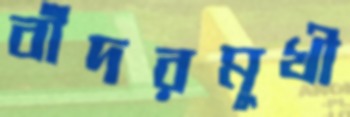
বাঁদরমুখী